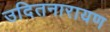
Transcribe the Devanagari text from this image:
उदितनारायण